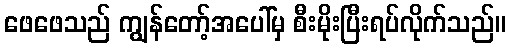
ဖေဖေသည် ကျွန်တော့်အပေါ်မှ စီးမိုးပြီးရပ်လိုက်သည်။